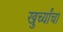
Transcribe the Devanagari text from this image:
खुर्च्यांचा